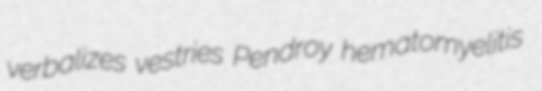
verbalizes vestries Pendroy hematomyelitis